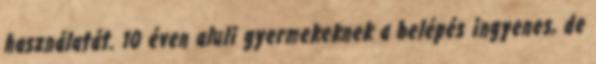
használatát. 10 éven aluli gyermekeknek a belépés ingyenes, de